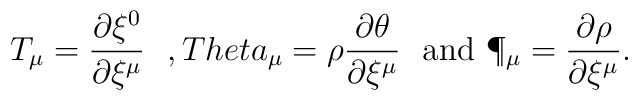
T_\mu=\frac{\partial \xi^0}{\partial \xi^\mu}\ \ ,\ \\Theta_\mu=\rho\frac{\partial\theta}{\partial\xi^\mu}\ \ {\rm and}\ \P_\mu=\frac{\partial\rho}{\partial \xi^\mu}.